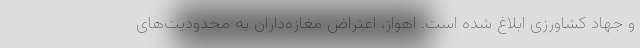
و جهاد کشاورزی ابلاغ شده است. اهواز، اعتراض مغازه‌داران به محدودیت‌های